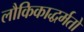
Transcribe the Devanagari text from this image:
लौकिकाद्धर्मतो